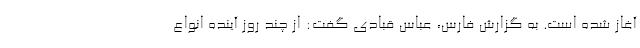
آغاز شده است. به گزارش فارس، عباس قبادی گفت: از چند روز آینده انواع